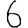
Digit: 6